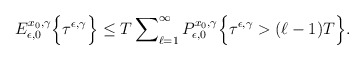
\begin{align*} E_{\epsilon,0}^{x_0,\gamma} \Bigl\{ \tau^{\epsilon,\gamma} \Bigr\} \le T\sum\nolimits_{\ell=1}^{\infty} P_{\epsilon,0}^{x_0,\gamma} \Bigl\{ \tau^{\epsilon,\gamma} > (\ell-1)T \Bigr\}. \end{align*}